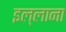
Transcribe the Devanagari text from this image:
इल्लाना